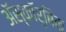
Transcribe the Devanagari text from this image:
ॲस्कॉर्बिक